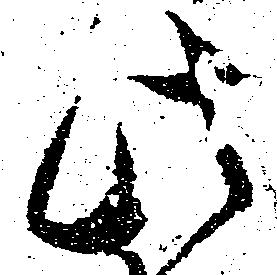
此